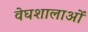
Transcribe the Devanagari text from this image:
वेघशालाओं